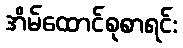
အိမ်ထောင်စုစာရင်း